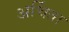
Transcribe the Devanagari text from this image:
अर्चिता